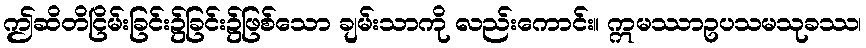
ဤဆိတိငြိမ်းခြင်း၌ခြင်း၌ဖြစ်သော ချမ်းသာကို လည်းကောင်း။ ဣမဿာဥပသမသုခဿ၊